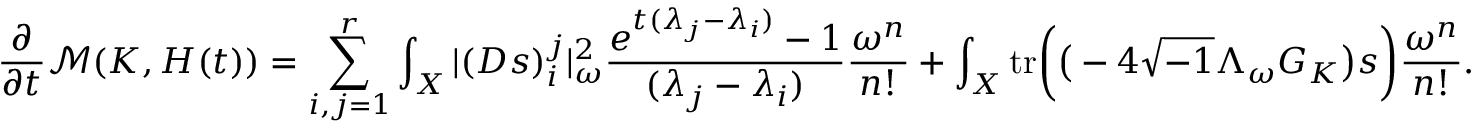
\frac { \partial } { \partial t } \mathcal { M } ( K , H ( t ) ) = \sum _ { i , j = 1 } ^ { r } \int _ { X } | ( D s ) _ { i } ^ { j } | _ { \omega } ^ { 2 } \frac { e ^ { t ( \lambda _ { j } - \lambda _ { i } ) } - 1 } { ( \lambda _ { j } - \lambda _ { i } ) } \frac { \omega ^ { n } } { n ! } + \int _ { X } \mathrm { t r } \bigg ( \big ( - 4 \sqrt { - 1 } \Lambda _ { \omega } G _ { K } \big ) s \bigg ) \frac { \omega ^ { n } } { n ! } .